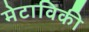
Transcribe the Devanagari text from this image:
मेटाविकी